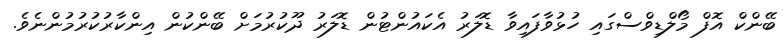
ބޭންކް އޮފް މޯލްޑިވްސްގައި ހުޅުވާފައިވާ ޑޮލަރު އެކައުންޓުން ޑޮލަރު ދޫކުރުމަށް ބޭންކުން އިންކާރުކުރުމުންނެވެ.